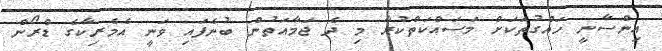
އިންސާނީ ހައްގުތަކަށް މަސައްކަތްކުރާ މި ދެ ޖަމާއަތުން ބުނެފައި ވަނީ އެމެރިކާގެ ޑްރޯން